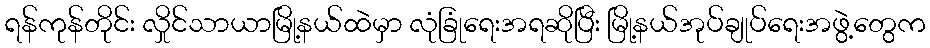
ရန်ကုန်တိုင်း လှိုင်သာယာမြို့နယ်ထဲမှာ လုံခြုံရေးအရဆိုပြီး မြို့နယ်အုပ်ချုပ်ရေးအဖွဲ့တွေက